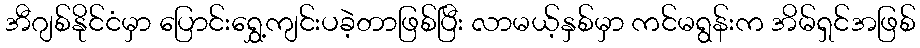
အီဂျစ်နိုင်ငံမှာ ပြောင်းရွှေ့ကျင်းပခဲ့တာဖြစ်ပြီး လာမယ့်နှစ်မှာ ကင်မရွန်းက အိမ်ရှင်အဖြစ်